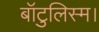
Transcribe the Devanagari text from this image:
बॉटुलिस्म।